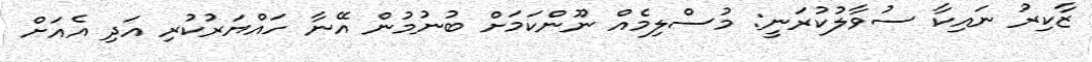
ޒާކިރު ނައިކާ ސުވާލުކުރަނީ: މުސްލިމެއް ނޫންކަމަށް ބުނުމުން އޭނާ ހައްޔަރުކުރި އަދި އެއަށް